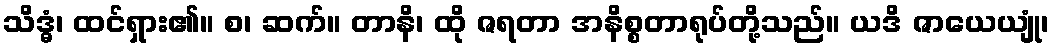
သိဒ္ဓံ၊ ထင်ရှား၏။ စ၊ ဆက်။ တာနိ၊ ထို ဇရတာ အနိစ္စတာရုပ်တို့သည်။ ယဒိ ဇာယေယျုံ၊